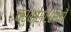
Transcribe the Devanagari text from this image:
वर्कस्टेशनों